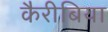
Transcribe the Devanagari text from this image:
कैरीबिया